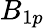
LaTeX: B_{1p}